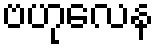
ဗဟုလေန